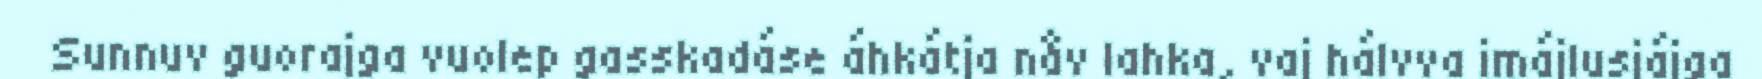
Sunnuv guorajga vuolep gasskadáse áhkátja nåv lahka, vaj hálvva imájlusjájga